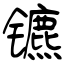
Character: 镳